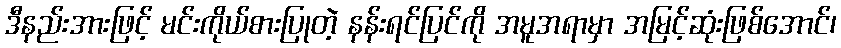
ဒီနည်းအားဖြင့် မင်းကိုယ်စားပြုတဲ့ နန်းရင်ပြင်ကို အမူအရာမှာ အမြင့်ဆုံးဖြစ်အောင်၊